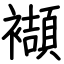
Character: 襭